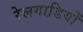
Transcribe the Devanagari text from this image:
रेलगाडि़यों